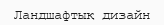
Ландшафтық дизайн